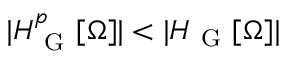
| H _ { \mathrm { ~ G ~ } } ^ { p } [ \Omega ] | < | H _ { \mathrm { ~ G ~ } } [ \Omega ] |